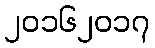
၂၀၁၆၂၀၁၇